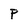
Character: P